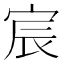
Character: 宸